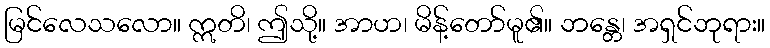
မြင်လေသလော။ ဣတိ၊ ဤသို့။ အာဟ၊ မိန့်တော်မူ၏။ ဘန္တေ၊ အရှင်ဘုရား။